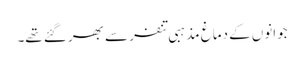
جوانوں کے دماغ مذہبی تنفر سے بھر گئے تھے۔